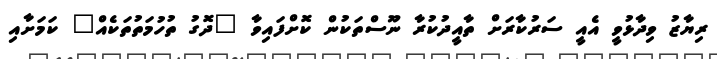
ރިޔާޒު ވިދާޅުވީ އެއީ ސަރުކާރަށް ތާއީދުކުރާ ނޫސްތަކުން ކޮށްފައިވާ "ދޮގު ތުހުމަތުތަކެއް" ކަމަށާއި